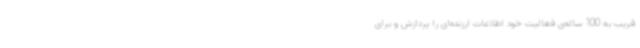
قریب به 100 ساله‌ی فعالیت خود اطلاعات ارزنده‌ای را پردازش و برای